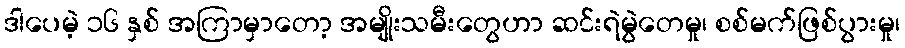
ဒါပေမဲ့ ၁၆ နှစ် အကြာမှာတော့ အမျိုးသမီးတွေဟာ ဆင်းရဲမွဲတေမှု၊ စစ်မက်ဖြစ်ပွားမှု၊